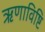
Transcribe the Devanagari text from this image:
ऋणाविष्टि